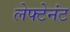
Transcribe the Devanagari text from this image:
लेफ्टेनंट